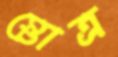
স্তোত্র